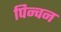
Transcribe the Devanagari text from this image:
पिन्चन